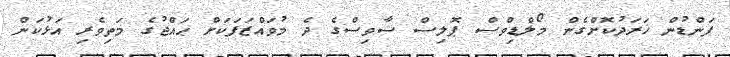
ފަންޑުން ޚަރަދުކޮށްގެން މޯލްޑިވްސް ޕޮލިސް ސާވިސްގެ ދެ މުވައްޒަފަކަށް ޙައްޖުގެ މަތިވެރި އަޅުކަން